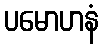
ပမောဟနံ